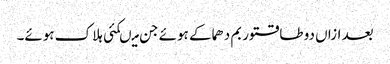
بعد ازاں دو طاقتور بم دھماکے ہوئے جن میںکئی ہلاک ہوئے۔